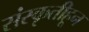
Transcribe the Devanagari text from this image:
संस्‍कृतीहून